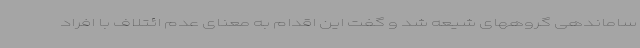
ساماندهی گروههای شیعه شد و گفت این اقدام به معنای عدم ائتلاف با افراد